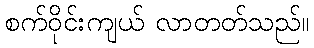
စက်ဝိုင်းကျယ် လာတတ်သည်။